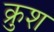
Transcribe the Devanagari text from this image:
क्रुश